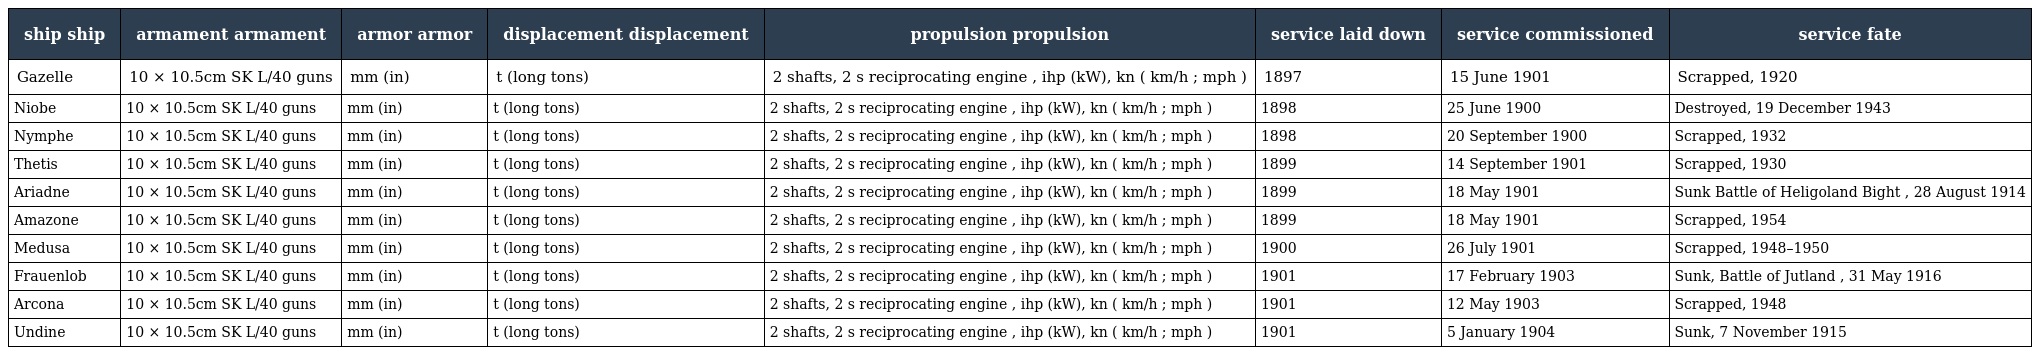
| ship ship | armament armament | armor armor | displacement displacement | propulsion propulsion | service laid down | service commissioned | service fate |
 | --- | --- | --- | --- | --- | --- | --- | --- |
 | Gazelle | 10 × 10.5cm SK L/40 guns | mm (in) | t (long tons) | 2 shafts, 2 s reciprocating engine , ihp (kW), kn ( km/h ; mph ) | 1897 | 15 June 1901 | Scrapped, 1920 |
 | Niobe | 10 × 10.5cm SK L/40 guns | mm (in) | t (long tons) | 2 shafts, 2 s reciprocating engine , ihp (kW), kn ( km/h ; mph ) | 1898 | 25 June 1900 | Destroyed, 19 December 1943 |
 | Nymphe | 10 × 10.5cm SK L/40 guns | mm (in) | t (long tons) | 2 shafts, 2 s reciprocating engine , ihp (kW), kn ( km/h ; mph ) | 1898 | 20 September 1900 | Scrapped, 1932 |
 | Thetis | 10 × 10.5cm SK L/40 guns | mm (in) | t (long tons) | 2 shafts, 2 s reciprocating engine , ihp (kW), kn ( km/h ; mph ) | 1899 | 14 September 1901 | Scrapped, 1930 |
 | Ariadne | 10 × 10.5cm SK L/40 guns | mm (in) | t (long tons) | 2 shafts, 2 s reciprocating engine , ihp (kW), kn ( km/h ; mph ) | 1899 | 18 May 1901 | Sunk Battle of Heligoland Bight , 28 August 1914 |
 | Amazone | 10 × 10.5cm SK L/40 guns | mm (in) | t (long tons) | 2 shafts, 2 s reciprocating engine , ihp (kW), kn ( km/h ; mph ) | 1899 | 18 May 1901 | Scrapped, 1954 |
 | Medusa | 10 × 10.5cm SK L/40 guns | mm (in) | t (long tons) | 2 shafts, 2 s reciprocating engine , ihp (kW), kn ( km/h ; mph ) | 1900 | 26 July 1901 | Scrapped, 1948–1950 |
 | Frauenlob | 10 × 10.5cm SK L/40 guns | mm (in) | t (long tons) | 2 shafts, 2 s reciprocating engine , ihp (kW), kn ( km/h ; mph ) | 1901 | 17 February 1903 | Sunk, Battle of Jutland , 31 May 1916 |
 | Arcona | 10 × 10.5cm SK L/40 guns | mm (in) | t (long tons) | 2 shafts, 2 s reciprocating engine , ihp (kW), kn ( km/h ; mph ) | 1901 | 12 May 1903 | Scrapped, 1948 |
 | Undine | 10 × 10.5cm SK L/40 guns | mm (in) | t (long tons) | 2 shafts, 2 s reciprocating engine , ihp (kW), kn ( km/h ; mph ) | 1901 | 5 January 1904 | Sunk, 7 November 1915 |